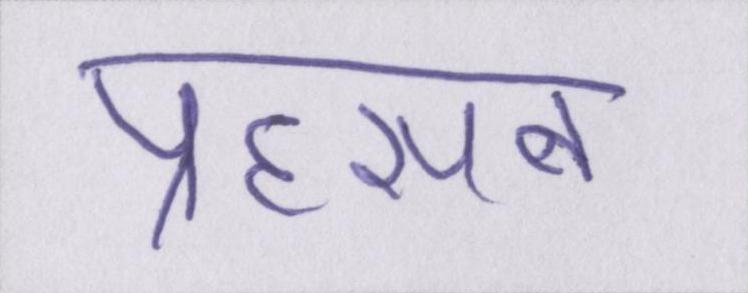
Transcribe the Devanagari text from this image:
प्रहसन